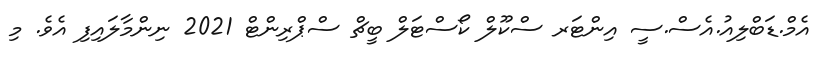
އެމް.ޑަބްލިއު.އެސް.ސީ އިންޓަރ ސްކޫލް ކޯސްޓަލް ބީޗް ސްޕްރިންޓް 2021 ނިންމާލައިފި އެވެ. މި